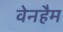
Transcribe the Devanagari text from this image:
वेनहैम